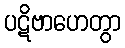
ပဋိဗာဟေတွာ